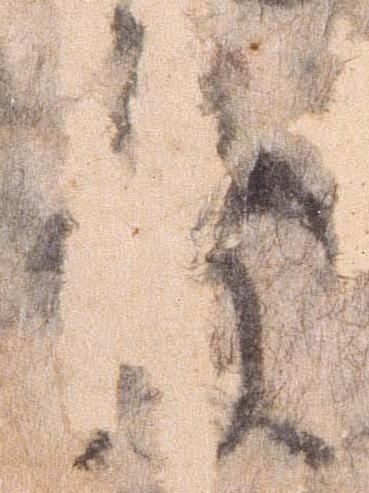
発